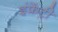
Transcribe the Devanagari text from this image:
इंफ्रेंट्री